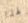
لهذا